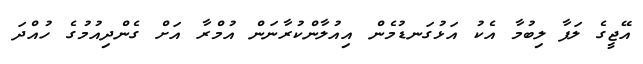
އޭޖީގެ ލަފާ ލިބުމާ އެކު އަޅުގަނޑުމެން އިއުލާންކުރާނަން އުމްރާ އަށް ގެންދިއުމުގެ ހުއްދަ